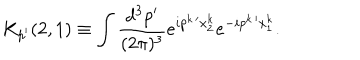
LaTeX: K _ { p ^ { \prime } } ( 2 , 1 ) \equiv \int \frac { d ^ { 3 } p ^ { \prime } } { ( 2 \pi ) ^ { 3 } } e ^ { i p ^ { k \, \prime } x _ { 2 } ^ { k } } e ^ { - i p ^ { k \, \prime } x _ { 1 } ^ { k } } .